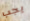
يجب